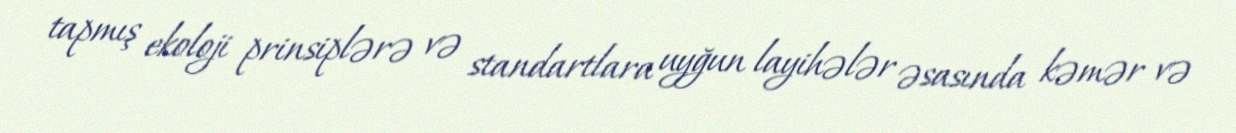
tapmış ekoloji prinsiplərə və standartlara uyğun layihələr əsasında kəmər və